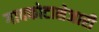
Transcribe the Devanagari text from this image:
गावकोटाशेजारी